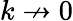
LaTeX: k\nrightarrow 0